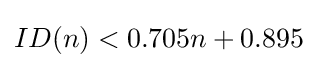
ID(n)<0.705n+0.895